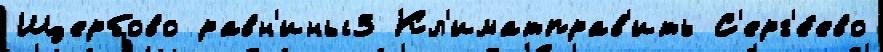
Щербово равн'ины3 Кл'иматправ'ить С'ерг'е́ево